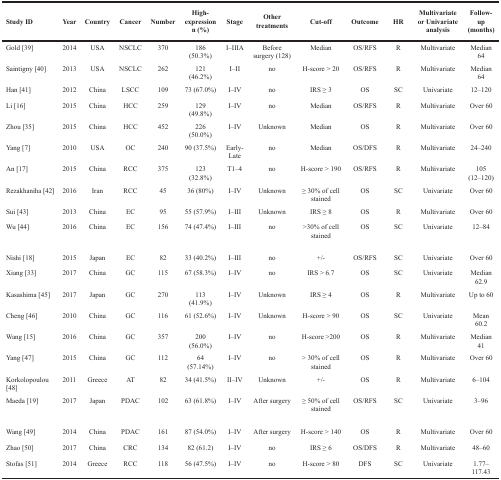
<table><thead><tr><td><b>Study ID</b></td><td><b>Year</b></td><td><b>Country</b></td><td><b>Cancer</b></td><td><b>Number</b></td><td><b>High-expression n (%)</b></td><td><b>Stage</b></td><td><b>Other treatments</b></td><td><b>Cut-off</b></td><td><b>Outcome</b></td><td><b>HR</b></td><td><b>Multivariate or Univariate analysis</b></td><td><b>Follow-up (months)</b></td></tr></thead><tbody><tr><td>Gold [39]</td><td>2014</td><td>USA</td><td>NSCLC</td><td>370</td><td>186 (50.3%)</td><td>I–IIIA</td><td>Before surgery (128)</td><td>Median</td><td>OS/RFS</td><td>R</td><td>Multivariate</td><td>Median 64</td></tr><tr><td>Saintigny [40]</td><td>2013</td><td>USA</td><td>NSCLC</td><td>262</td><td>121 (46.2%)</td><td>I–II</td><td>no</td><td>H-score &gt; 20</td><td>OS/RFS</td><td>R</td><td>Multivariate</td><td>Median 64</td></tr><tr><td>Han [41]</td><td>2012</td><td>China</td><td>LSCC</td><td>109</td><td>73 (67.0%)</td><td>I–IV</td><td>no</td><td>IRS ≥ 3</td><td>OS</td><td>SC</td><td>Univariate</td><td>12–120</td></tr><tr><td>Li [16]</td><td>2015</td><td>China</td><td>HCC</td><td>259</td><td>129 (49.8%)</td><td>I–IV</td><td>no</td><td>Median</td><td>OS/RFS</td><td>R</td><td>Multivariate</td><td>Over 60</td></tr><tr><td>Zhou [35]</td><td>2015</td><td>China</td><td>HCC</td><td>452</td><td>226 (50.0%)</td><td>I–IV</td><td>Unknown</td><td>Median</td><td>OS</td><td>R</td><td>Multivariate</td><td>Over 60</td></tr><tr><td>Yang [7]</td><td>2010</td><td>USA</td><td>OC</td><td>240</td><td>90 (37.5%)</td><td>Early-Late</td><td>no</td><td>Median</td><td>OS/DFS</td><td>R</td><td>Multivariate</td><td>24–240</td></tr><tr><td>An [17]</td><td>2015</td><td>China</td><td>RCC</td><td>375</td><td>123 (32.8%)</td><td>T1–4</td><td>no</td><td>H-score &gt; 190</td><td>OS/RFS</td><td>R</td><td>Multivariate</td><td>105 (12–120)</td></tr><tr><td>Rezakhaniha [42]</td><td>2016</td><td>Iran</td><td>RCC</td><td>45</td><td>36 (80%)</td><td>I–IV</td><td>Unknown</td><td>≥ 30% of cell stained</td><td>OS</td><td>SC</td><td>Univariate</td><td>Over 60</td></tr><tr><td>Sui [43]</td><td>2013</td><td>China</td><td>EC</td><td>95</td><td>55 (57.9%)</td><td>I–III</td><td>Unknown</td><td>IRS ≥ 8</td><td>OS</td><td>R</td><td>Multivariate</td><td>Over 60</td></tr><tr><td>Wu [44]</td><td>2016</td><td>China</td><td>EC</td><td>156</td><td>74 (47.4%)</td><td>I–III</td><td>no</td><td>&gt;30% of cell stained</td><td>OS</td><td>SC</td><td>Univariate</td><td>12–84</td></tr><tr><td>Nishi [18]</td><td>2015</td><td>Japan</td><td>EC</td><td>82</td><td>33 (40.2%)</td><td>I–III</td><td>no</td><td>+/-</td><td>OS/RFS</td><td>SC</td><td>Univariate</td><td>Over 60</td></tr><tr><td>Xiang [33]</td><td>2017</td><td>China</td><td>GC</td><td>115</td><td>67 (58.3%)</td><td>I–IV</td><td>no</td><td>IRS &gt; 6.7</td><td>OS</td><td>SC</td><td>Univariate</td><td>Median 62.9</td></tr><tr><td>Kasashima [45]</td><td>2017</td><td>Japan</td><td>GC</td><td>270</td><td>113 (41.9%)</td><td>I–IV</td><td>Unknown</td><td>IRS ≥ 4</td><td>OS</td><td>R</td><td>Multivariate</td><td>Up to 60</td></tr><tr><td>Cheng [46]</td><td>2010</td><td>China</td><td>GC</td><td>116</td><td>61 (52.6%)</td><td>I–IV</td><td>Unknown</td><td>H-score &gt; 90</td><td>OS</td><td>SC</td><td>Univariate</td><td>Mean 60.2</td></tr><tr><td>Wang [15]</td><td>2016</td><td>China</td><td>GC</td><td>357</td><td>200 (56.0%)</td><td>I–IV</td><td>no</td><td>H-score &gt;200</td><td>OS</td><td>R</td><td>Multivariate</td><td>Median 41</td></tr><tr><td>Yang [47]</td><td>2015</td><td>China</td><td>GC</td><td>112</td><td>64 (57.14%)</td><td>I–IV</td><td>no</td><td>&gt; 30% of cell stained</td><td>OS</td><td>R</td><td>Multivariate</td><td>Over 60</td></tr><tr><td>Korkolopoulou [48]</td><td>2011</td><td>Greece</td><td>AT</td><td>82</td><td>34 (41.5%)</td><td>II–IV</td><td>Unknown</td><td>+/-</td><td>OS</td><td>R</td><td>Multivariate</td><td>6–104</td></tr><tr><td>Maeda [19]</td><td>2017</td><td>Japan</td><td>PDAC</td><td>102</td><td>63 (61.8%)</td><td>I–IV</td><td>After surgery</td><td>≥ 50% of cell stained</td><td>OS/RFS</td><td>SC</td><td>Univariate</td><td>3–96</td></tr><tr><td>Wang [49]</td><td>2014</td><td>China</td><td>PDAC</td><td>161</td><td>87 (54.0%)</td><td>I–IV</td><td>After surgery</td><td>H-score &gt; 140</td><td>OS</td><td>R</td><td>Multivariate</td><td>Over 60</td></tr><tr><td>Zhao [50]</td><td>2017</td><td>China</td><td>CRC</td><td>134</td><td>82 (61.2)</td><td>I–IV</td><td>no</td><td>IRS ≥ 6</td><td>OS/DFS</td><td>R</td><td>Multivariate</td><td>48–60</td></tr><tr><td>Stofas [51]</td><td>2014</td><td>Greece</td><td>RCC</td><td>118</td><td>56 (47.5%)</td><td>I–IV</td><td>no</td><td>H-score &gt; 80</td><td>DFS</td><td>SC</td><td>Univariate</td><td>1.77–117.43</td></tr></tbody></table>